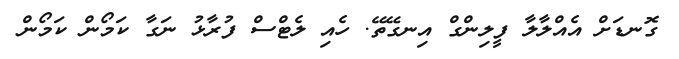
ގޮނޑަށް އެއްލާލާ ފީލިންގް އިނގޭތޭ. ހެއި ލެޓްސް ފުރާޅު ނަގާ ކަމޯން ކަމޯން